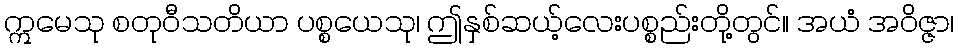
ဣမေသု စတုဝီသတိယာ ပစ္စယေသု၊ ဤနှစ်ဆယ့်လေးပစ္စည်းတို့တွင်။ အယံ အဝိဇ္ဇာ၊